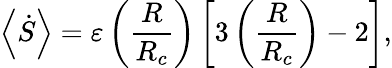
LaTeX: \left<\dot{S}\right>=\varepsilon\left(\frac{R}{R_{c}}\right)\left[3\left(\frac{R}{R_{c}}\right)-2\right],